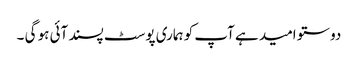
دوستو امید ہے آپ کو ہماری پوسٹ پسند آئی ہو گی ۔